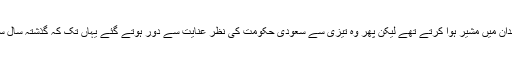
ایک زمانے میں خاشقجی سعودی عرب کے شاہی خاندان میں مشیر ہوا کرتے تھے لیکن پھر وہ تیزی سے سعودی حکومت کی نظرِ عنایت سے دور ہوتے گئے یہاں تک کہ گذشتہ سال سے وہ خود ساختہ جلاوطنی کی زندگی گزارنے لگے۔